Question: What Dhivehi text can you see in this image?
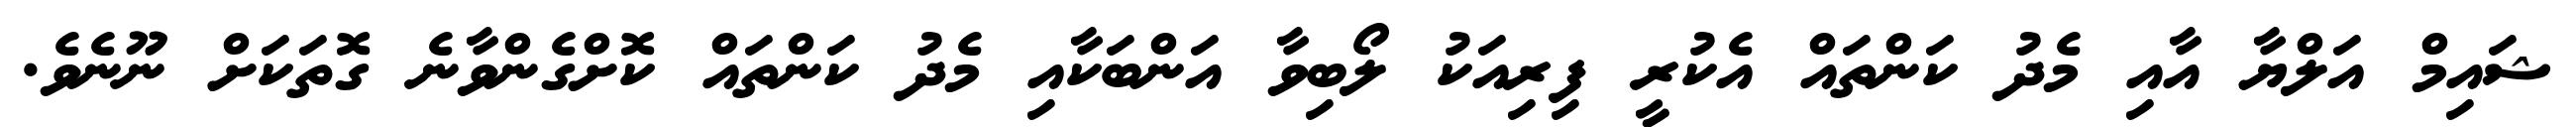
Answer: ޝައިމް އަލްޔާ އާއި މެދު ކަންތައް އެކުރީ ފިރިއަކު ލޯބިވާ އަންބަކާއި މެދު ކަންތައް ކޮށްގެންވާނެ ގޮތަކަށް ނޫނެވެ.